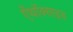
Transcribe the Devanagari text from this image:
ऐंथॉक्साइड